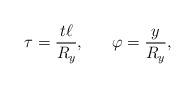
LaTeX: \begin{align*}\tau = {t\ell \over R_y}, ~~~~~ \varphi = {y \over R_y}, \end{align*}